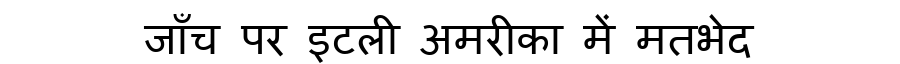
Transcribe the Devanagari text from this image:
जाँच पर इटली अमरीका में मतभेद